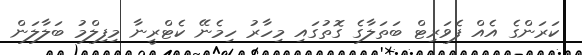
ކަރަންގެ އެއް ފެވަރިޓް ބަތަލާގެ ގޮތުގައި މިހާރު ހިމެނޭ ކެޓްރީނާ މިފިލްމު ބަލާލަން